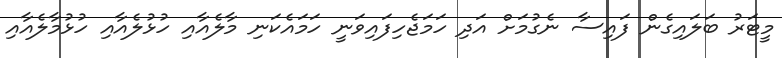
މީޓަރު ބަލައިގެން ފައިސާ ނެގުމަށް އަދި ހަމަޖެހިފައިވަނީ ހަަމައެކަނި މާލެއާއި ހުުޅުލެއާއި ހުޅުމާލެއާއި